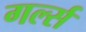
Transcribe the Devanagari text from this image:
गर्ल्‍स